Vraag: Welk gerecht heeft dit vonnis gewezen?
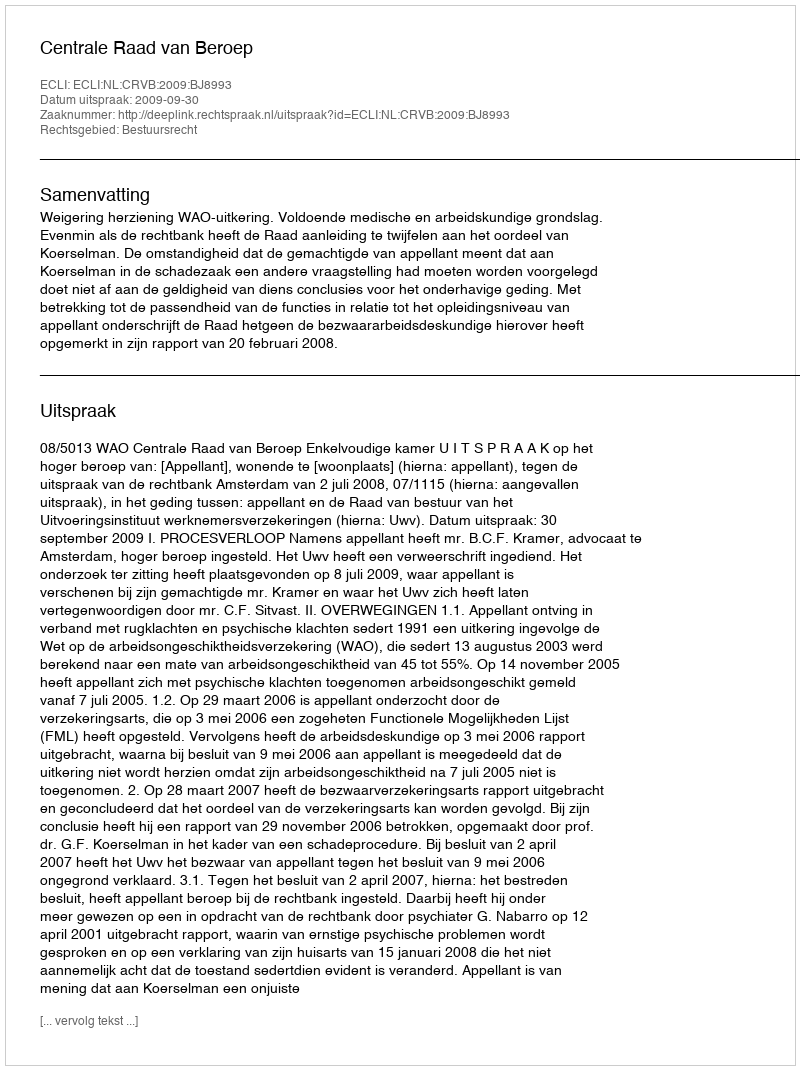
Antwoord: Centrale Raad van Beroep